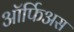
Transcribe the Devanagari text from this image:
ऑर्फिअस